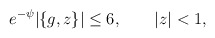
\begin{align*}e^{-\psi}|\{g,z\}|\le 6,\qquad |z|<1,\end{align*}